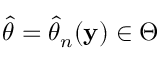
{ \hat { \theta } } = { \hat { \theta } } _ { n } ( \mathbf { y } ) \in \Theta